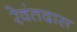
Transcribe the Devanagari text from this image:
रेवंतदास